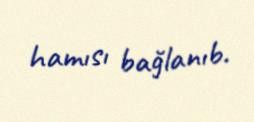
hamısı bağlanıb.